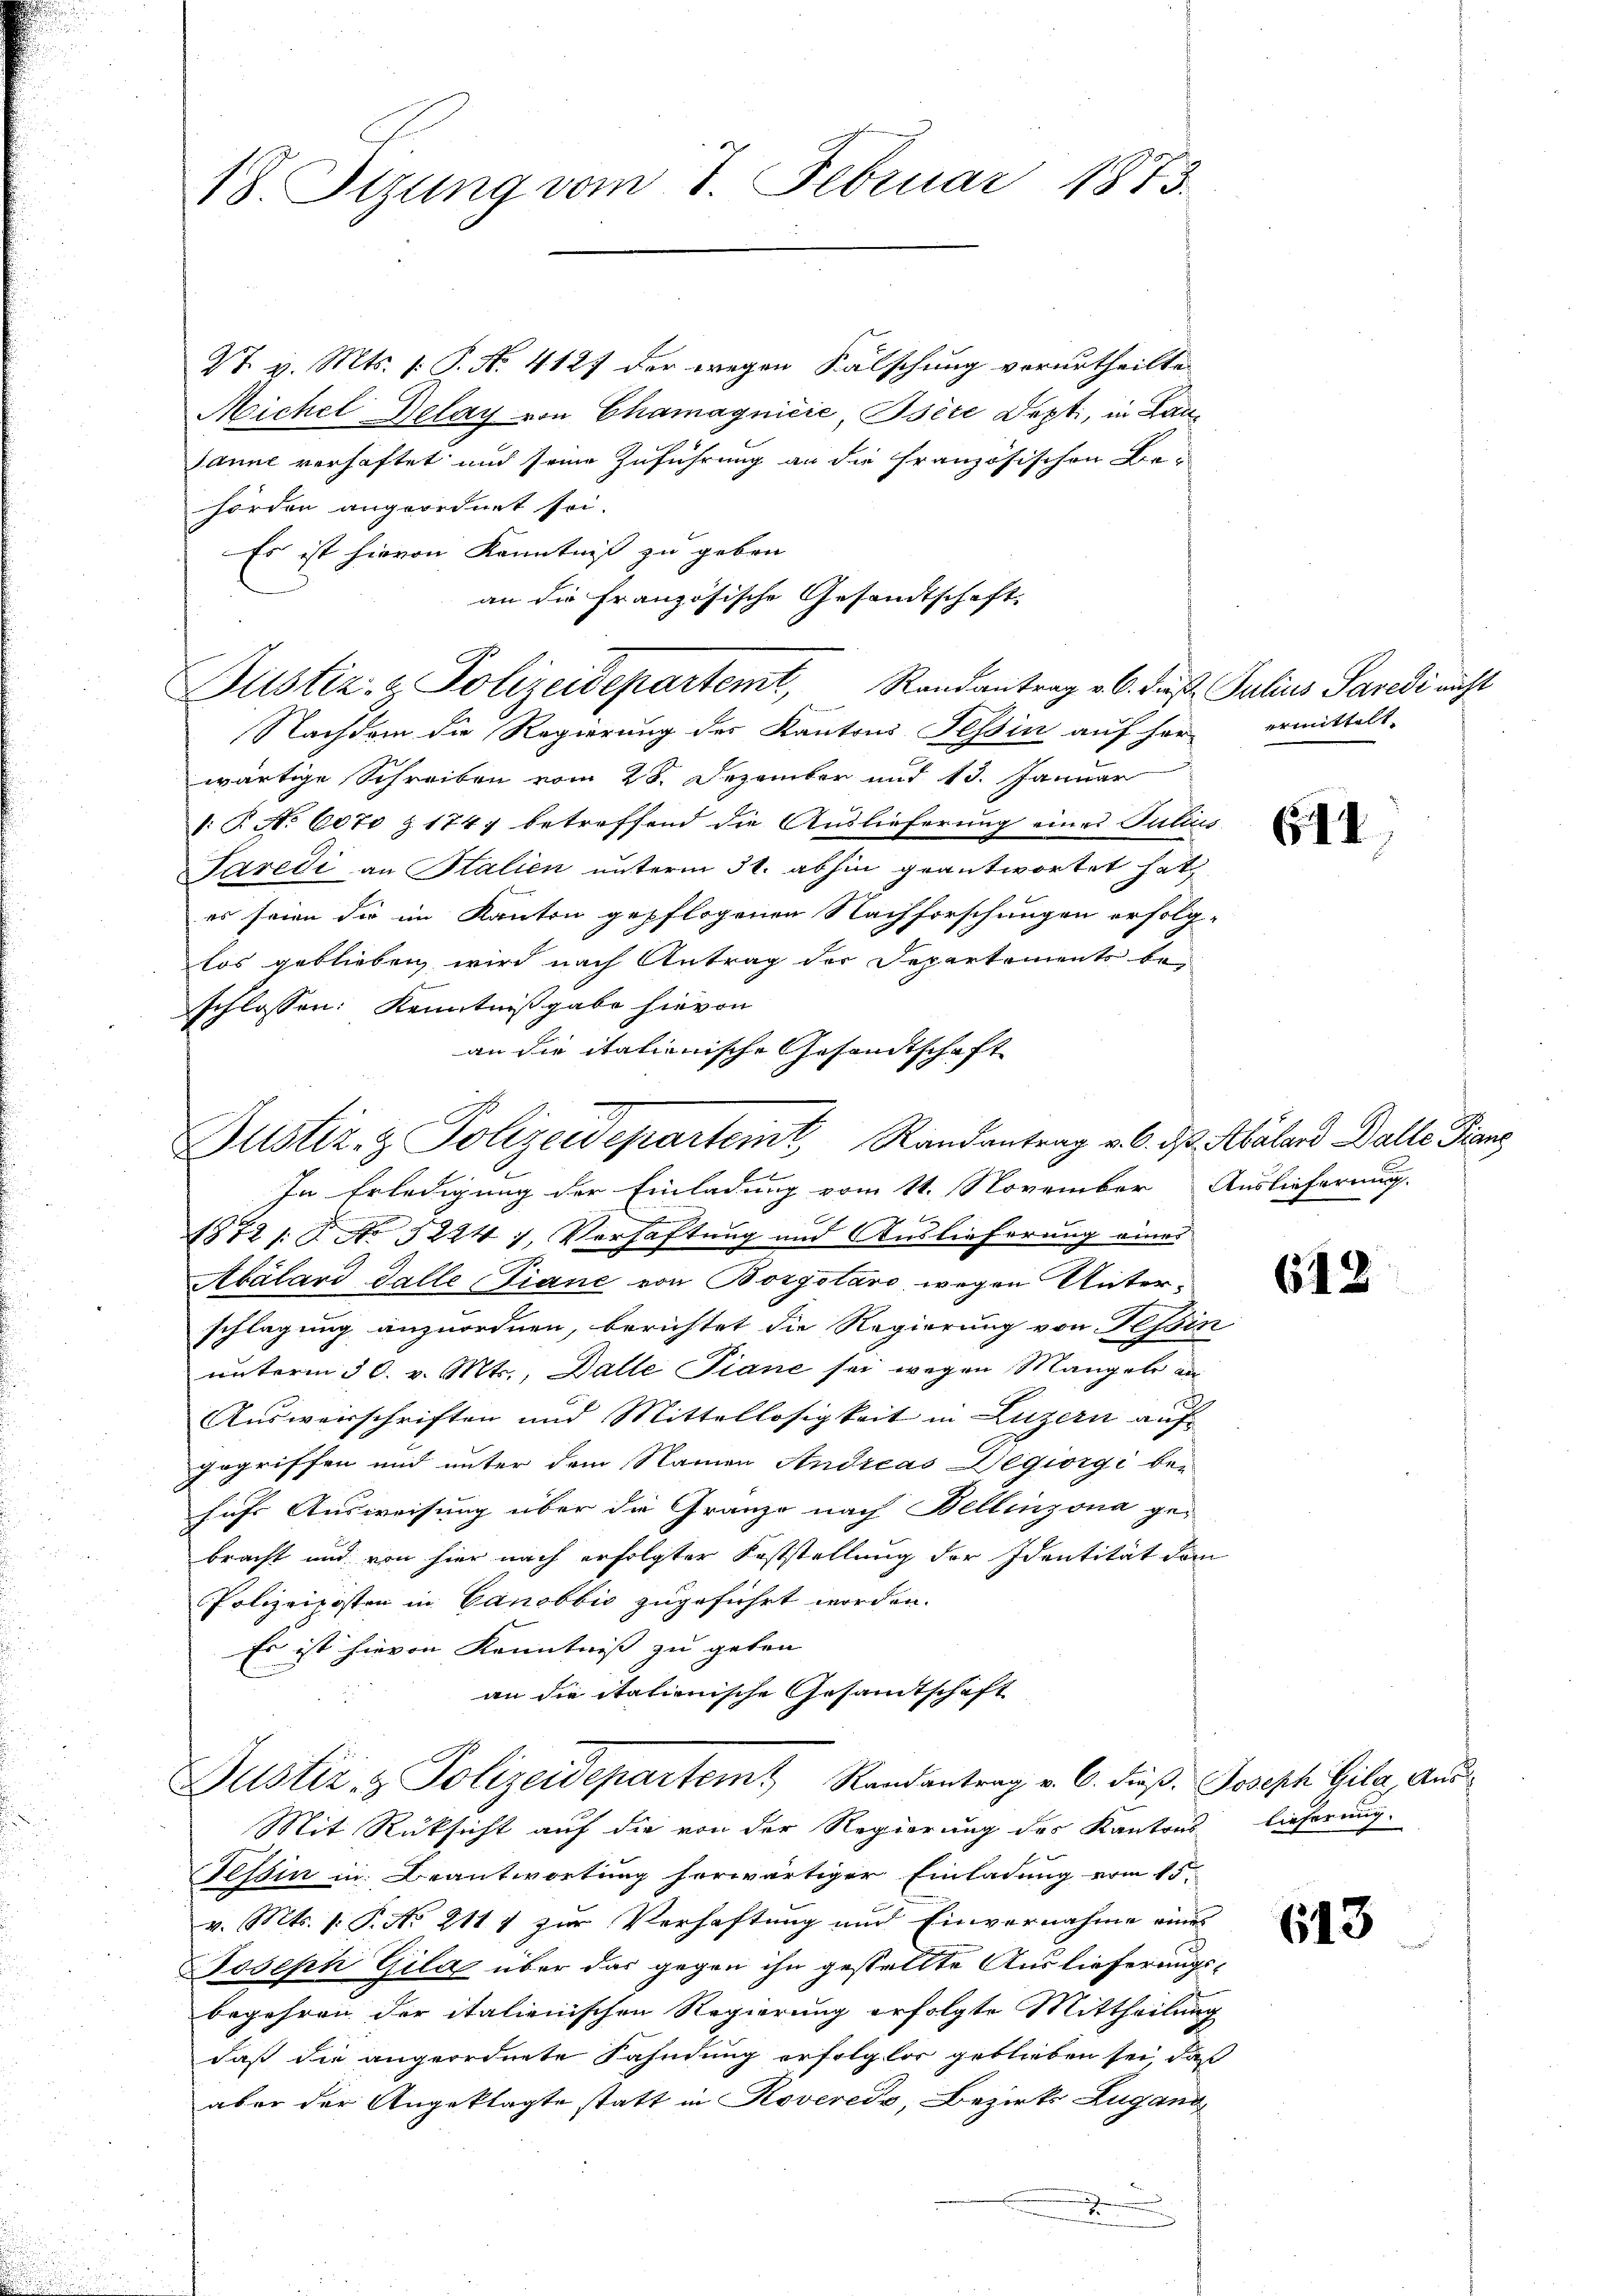
St. v. Mts. 1. P. No. 4127 der wegen Fälschung vorurtheilte
Michel Delay von Chamagničić, Bsère Dept, in Lau¬
Janne verhaftet und seine Zuführung an die französischen Behörden angeordnet sei.
Es ist hievon Kenntniß zu geben
Nachdem die Regierung des Kantons Tessin auf her-
wärtige Schreiben vom 28. Dezember und 13. Januar
: T. No 6070 § 1747 betreffend die Auslieferung eines Julius
Taredi an Stalien unterm 31. abhin geantwortet hat,
es seien die im Kanton gepflogenen Nachforschungen erfolg-
los geblieben wird nach Antrag der Departements beschlossen: Kenntnißgabe hievon
an die italienische Gesandtschaft
C
Justiz- & Polizeidepartemt Randantrag v. 6. ds Abalard Balle Franz
In Erledigung der Einladung vom 11. November Auslieferung
n
n
E
1872 s. B. No 52247, Verhaftung und Auslieferung eines
Abálard Galle Piane von Borgotaro wegen Unter-
schlagung anzuordnen, berichtet die Regierung von Tessin
unterm 30. v. Mts., Dalle Piane sei wegen Mangels an
E
Ausweisschriften und Mittellosigkeit in Luzern auf
gegriffen und unter dem Namen Andreas Degiorgi besihr Ausweisung über die Granze nach Bellinzona ge-
bracht und von hier nach erfolgter Feststellung der Identität dem
Polizeiposten in Canobbić zugeführt worden.
Es ist hievon Kenntniss zu geben
an die itationische Gesandtschaft

18. Sizung vom 7. Februar 1873.

an die französische Gesandtschaft
Justiz- & Polizeidepartemt, Randantrag v. 6. dieß Julius Paredi nicht

Justiz & Polizeidepartem Randantrag v. 6. dieβ. Joseph Gila Aus¬

Mit Rüksicht auf die von der Regierung des Kantons
Tessin in Beantwortung herwärtiger Einladung vom 15.
v. Mts. 1. P. No 2114 zur Verhaftung und Einvernahme eine
Joseph Gila über das gegen ihn gestellte Auslieferungsbegehren der italienischen Regierung erfolgte Mittheilung
daß die angeordnete Fahndung erfolglos geblieben sei, daß
aber der Angeklagte statt in Rovereds, Bezirks Zugang

2

ermittelt

611

648

Lieferung.

613